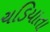
ચડિયાતા